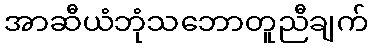
အာဆီယံဘုံသဘောတူညီချက်